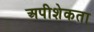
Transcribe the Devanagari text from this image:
अपीशेकता